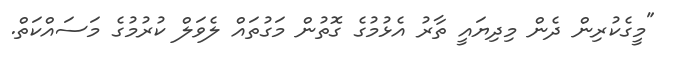
"މީގެކުރިން ދެން މިދިޔައީ ތާރު އެޅުމުގެ ގޮތުން މަގުތައް ލެވަލް ކުރުމުގެ މަސައްކަތް.